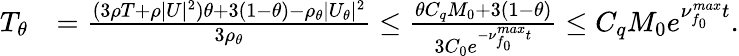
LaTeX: \begin{array}{rl}{T_{\theta}}&{=\frac{(3\rho T+\rho|U|^{2})\theta+3(1-\theta)-\rho_{\theta}|U_{\theta}|^{2}}{3\rho_{\theta}}\leq\frac{\theta C_{q}M_{0}+3(1-\theta)}{3C_{0}e^{-\nu_{f_{0}}^{max}t}}\leq C_{q}M_{0}e^{\nu_{f_{0}}^{max}t}.}\end{array}